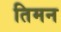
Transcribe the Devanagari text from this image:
तिमन